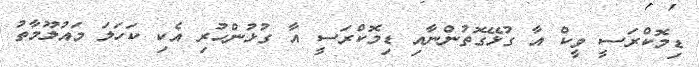
ޑިމޮކްރަސީ ވީކް އާ ގުޅޭގޮތުންނާއި ޑިމޮކްރަސީ އާ ގުޅުންހުރި އެކި ކަހަލަ މައުލޫމާތު